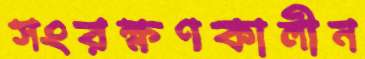
সংরক্ষণকালীন